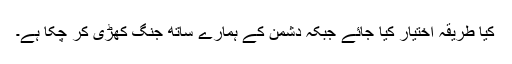
کیا طریقہ اختیار کیا جائے جبکہ دشمن کے ہمارے ساتھ جنگ کھڑی کر چکا ہے۔